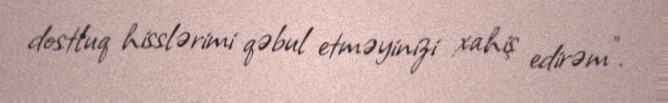
dostluq hisslərimi qəbul etməyinizi xahiş edirəm”.